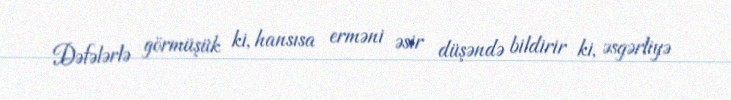
Dəfələrlə görmüşük ki, hansısa erməni əsir düşəndə bildirir ki, əsgərliyə